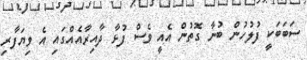
ސަބަބަކީ ފުލުހުން ބުނާ ގޮތުން އެއީ ވެސް ފުޅާ ދާއިރާއެއްގައި އެ ވިޔަފާރި